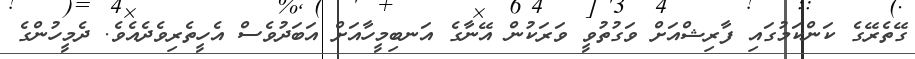
ގޭތެރޭގެ ކަންކަމުގައި ފާރިޝްއަށް ވަގުތުވީ ވަރަކުން އޭނާގެ އަނބިމީހާއަށް އަބަދުވެސް އެހީތެރިވެދެއެވެ. ދެމީހުންގެ